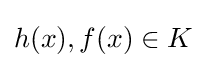
h(x),f(x)\in K